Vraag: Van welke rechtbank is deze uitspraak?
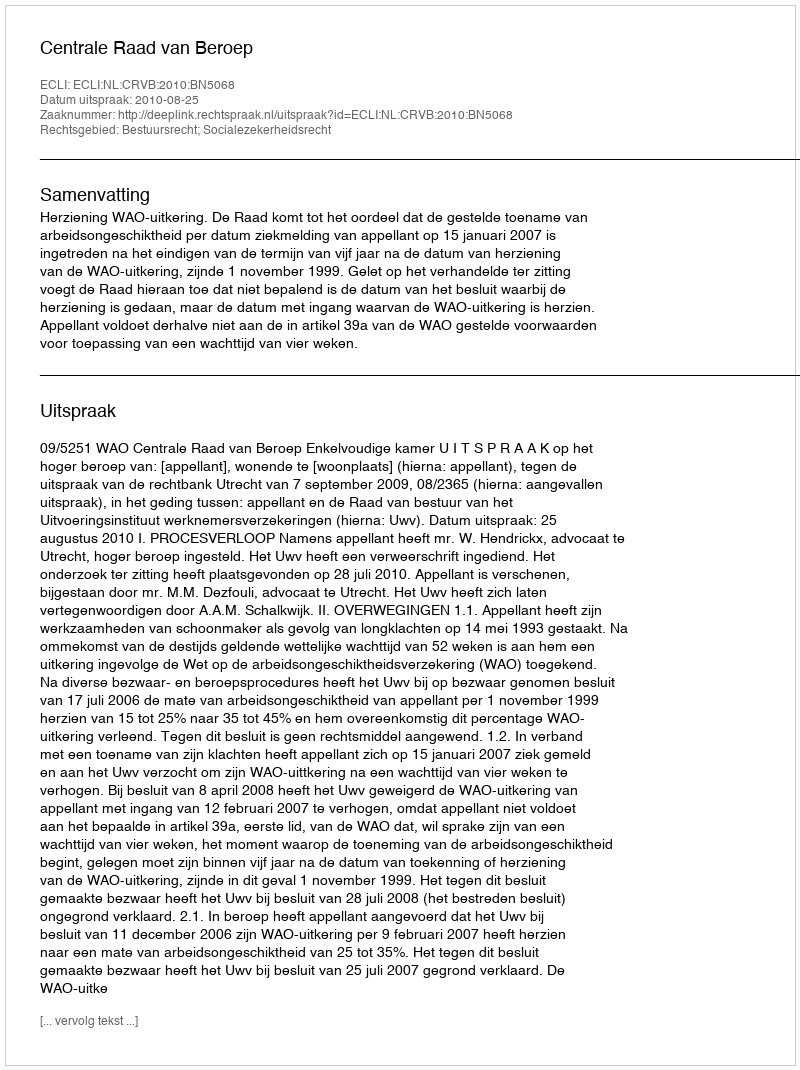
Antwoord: Centrale Raad van Beroep